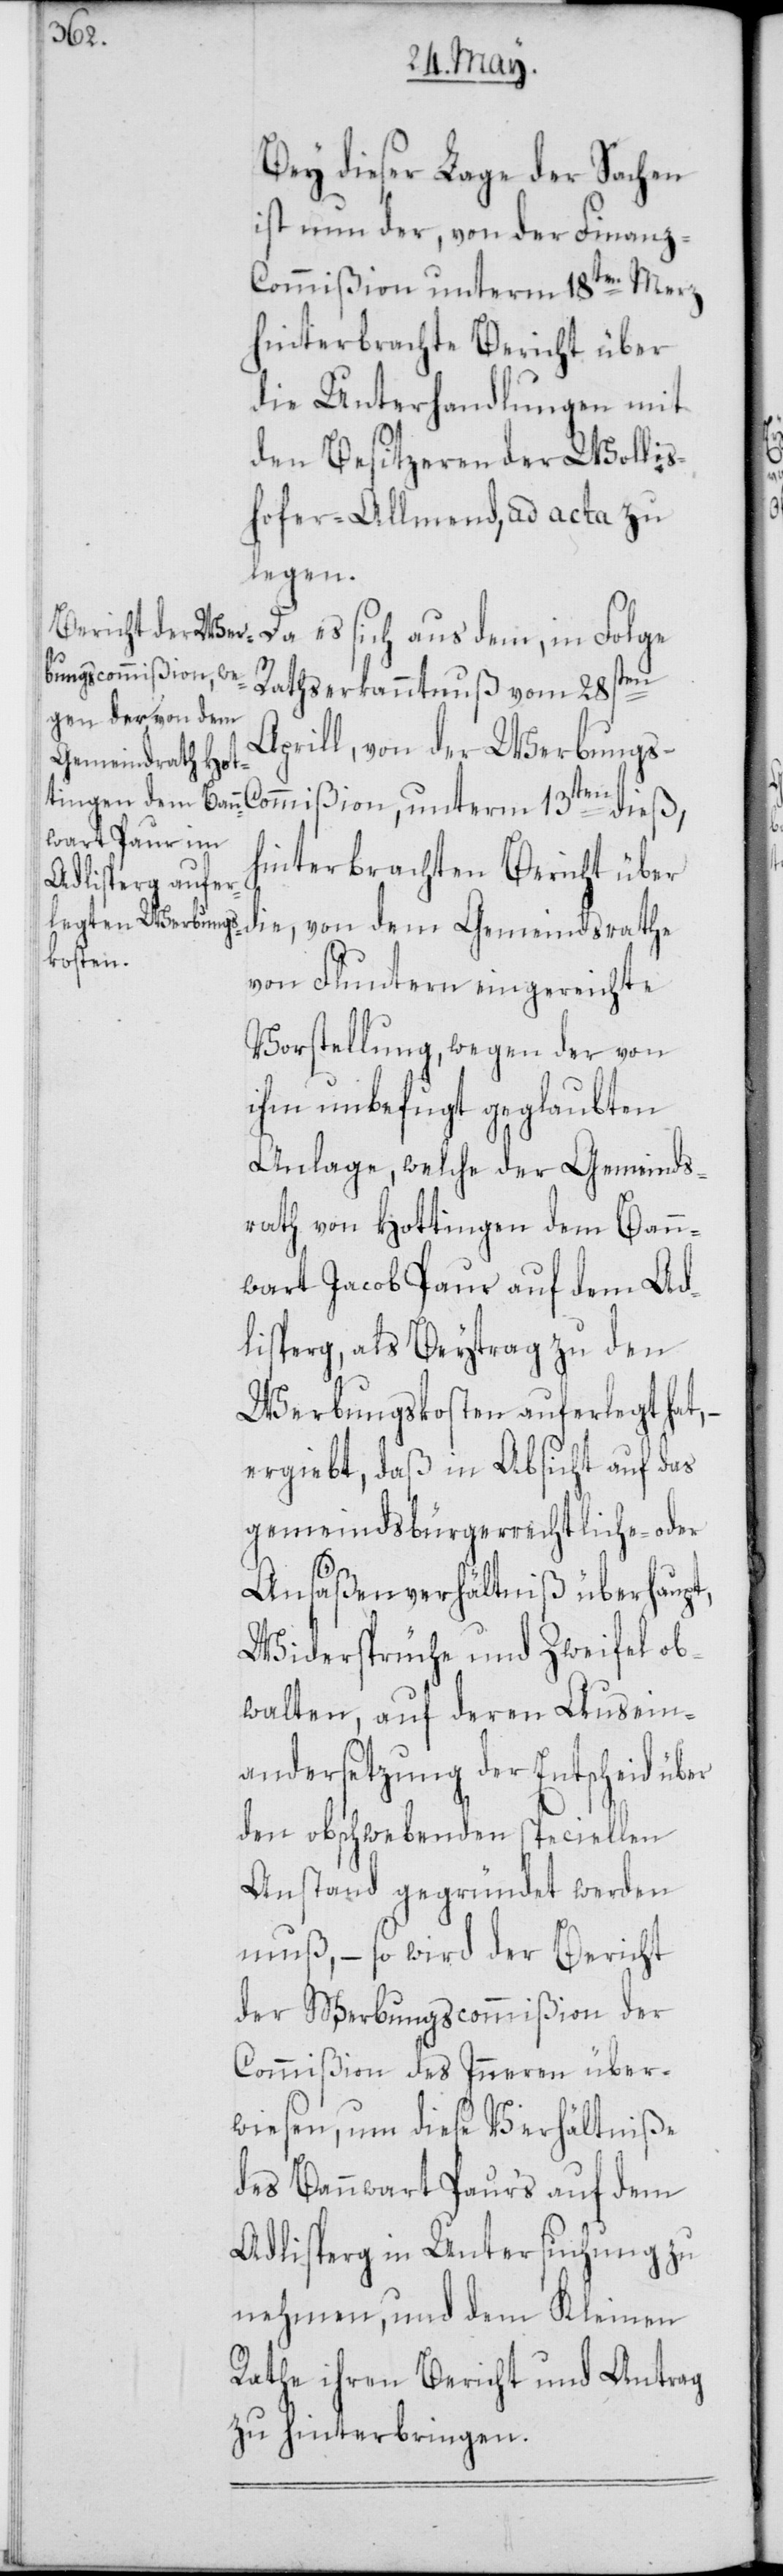
Bey dieser Lage der Sachen
ist nun der, von der Finan¬
s-Commißion, unterm 13ten dieß,
hinterbrachte Bericht über
die Unterhandlungen mit
den Besitzeren der Wollis¬
hofer-Allmend, ad acta zu
legen.
Da es sich aus dem, in Folge
Rathserkanntnuß vom 28sten
Aprill, von der Werbung¬
Gemeindsrathe
hinterbrachten Bericht über
von Fluntern eingereichte
Vorstellung, wegen der von
ihm unbefugt geglaubten
Anlage, welche der Gemeinds¬
rath von Hottingen dem Bann¬
wart Jacob Paur auf dem Ad¬
lisperg, als Beytrag zu den
Werbungskosten auferlegt hat, –
ergiebt, daß in Absicht auf das
gemeindsbürgerrechtliche- oder
Ansäßenverhältniß überhaupt,
Widersprüche und Zweifel ob¬
walten, auf deren Ausein¬
andersetzung der Entscheid über
den obschwebenden speciellen
Anstand gegründet werden
muß, – so wird der Bericht
der Werbungscommißion der
Commißion des Inneren über¬
wiesen, um diese Verhältniße
des Bannwart Paurs auf dem
Adlisperg in Untersuchung zu
nehmen, und dem Kleinen
Rathe ihren Bericht und Antrag
zu hinterbringen.